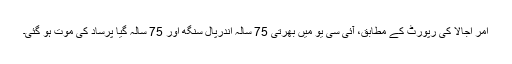
امر اجالا کی رپورٹ کے مطابق، آئی سی یو میں بھرتی 75 سالہ اندرپال سنگھ اور 75 سالہ گیا پرساد کی موت ہو گئی۔